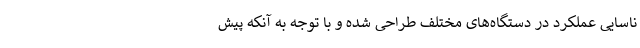
ناسایی عملکرد در دستگاه‌های مختلف طراحی شده و با توجه به آنکه پیش